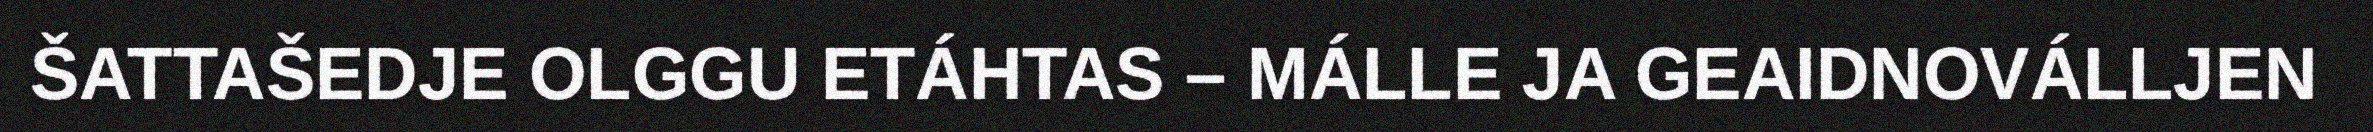
ŠATTAŠEDJE OLGGU ETÁHTAS – MÁLLE JA GEAIDNOVÁLLJEN